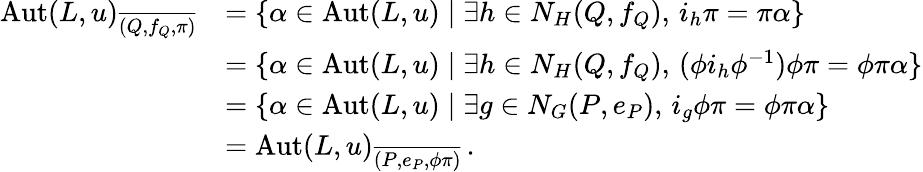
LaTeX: \begin{array}{rl}{\mathrm{Aut}(L,u)_{\overline{{(Q,f_{Q},\pi)}}}}&{=\{ \alpha\in\mathrm{Aut}(L,u)\mid\exists h\in N_{H}(Q,f_{Q}),\, i_{h}\pi=\pi\alpha\} }\\ &{=\{ \alpha\in\mathrm{Aut}(L,u)\mid\exists h\in N_{H}(Q,f_{Q}),\, (\phi i_{h}\phi^{-1})\phi\pi=\phi\pi\alpha\} }\\ &{=\{ \alpha\in\mathrm{Aut}(L,u)\mid\exists g\in N_{G}(P,e_{P}),\, i_{g}\phi\pi=\phi\pi\alpha\} }\\ &{=\mathrm{Aut}(L,u)_{\overline{{(P,e_{P},\phi\pi)}}}\, .}\end{array}